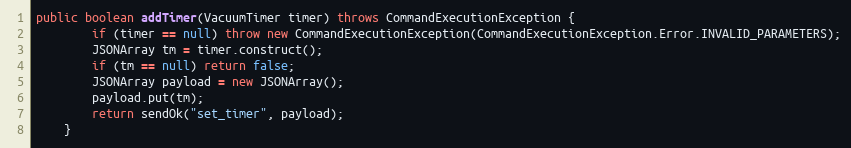
Language: Java
public boolean addTimer(VacuumTimer timer) throws CommandExecutionException {
        if (timer == null) throw new CommandExecutionException(CommandExecutionException.Error.INVALID_PARAMETERS);
        JSONArray tm = timer.construct();
        if (tm == null) return false;
        JSONArray payload = new JSONArray();
        payload.put(tm);
        return sendOk("set_timer", payload);
    }